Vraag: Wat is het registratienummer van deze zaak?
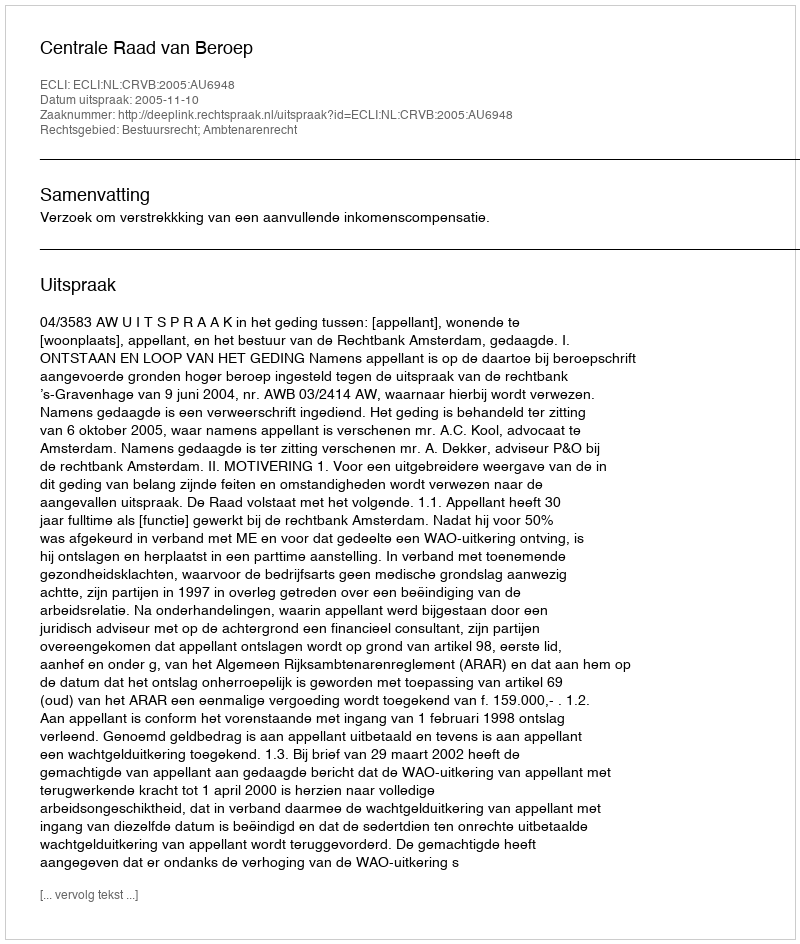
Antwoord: http://deeplink.rechtspraak.nl/uitspraak?id=ECLI:NL:CRVB:2005:AU6948